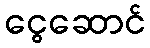
ငွေဆောင်